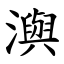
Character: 㵰